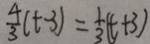
\frac { 4 } { 3 } ( t - 3 ) = \frac { 1 } { 3 } ( t + 3 )